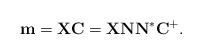
LaTeX: \begin{align*}\mathbf m=\mathbf X \mathbf C=\mathbf X \mathbf N \mathbf N^*\mathbf C^+.\end{align*}